Leaving Certificate Examination (including Day School Certificate (Higher) General paper), 1931
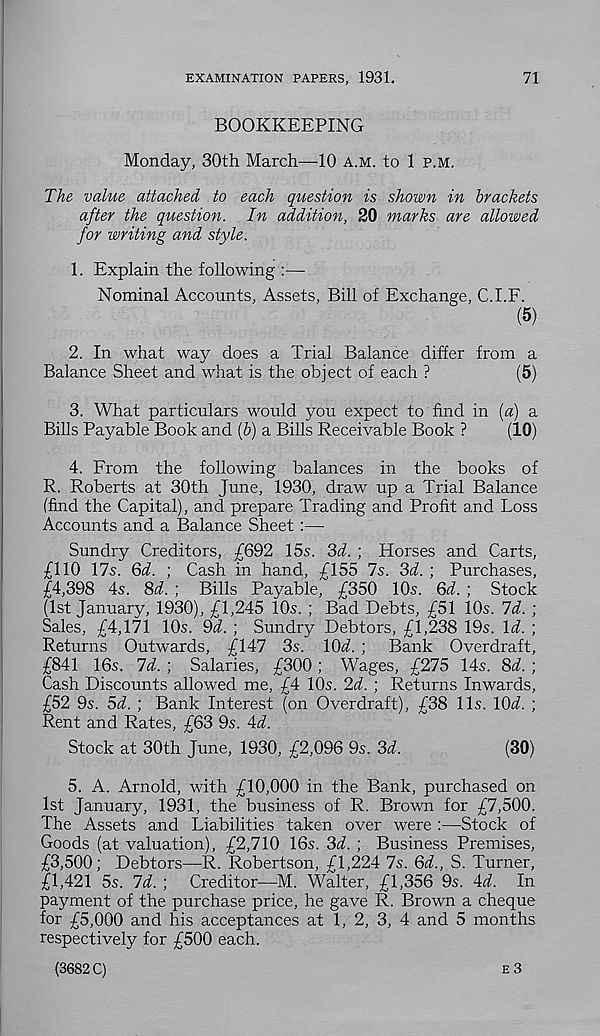
EXAMINATION PAPERS, 1931.
71
BOOKKEEPING
Monday, 30th March—10 a.m. to 1 p.m.
The value attached to each question is shown in brackets
after the question. In addition, 20 marks are allowed
for writing and style.
1. Explain the following :—
Nominal Accounts, Assets, Bill of Exchange, C.I.F.
(5)
2. In what way does a Trial Balance differ from a
Balance Sheet and what is the object of each ?
(5)
3. What particulars would you expect to find in (a) a
Bills Payable Book and (b) a Bills Receivable Book ?
(10)
4. From the following balances in the books of
R. Roberts at 30th June, 1930, draw up a Trial Balance
(find the Capital), and prepare Trading and Profit and Loss
Accounts and a Balance Sheet :—
Sundry Creditors, £692 15s. 3d. ; Horses and Carts,
£110 17s. 6d. ; Cash in hand, £155 7s. 3d. ; Purchases,
£4,398 4s. 8d. ; Bills Payable, £350 10s. 6d. ; Stock
(1st January, 1930), £1,245 10s. ; Bad Debts, £51 10s. 7d. ;
Sales, £4,171 10s. 9d. ; Sundry Debtors, £1,238 19s. Id. ;
Returns Outwards, £147 3s. 10at ; Bank Overdraft,
£841 16s. 7d. ; Salaries, £300; Wages, £275 14s. 8d. ;
Cash Discounts allowed me, £4 10s. 2d. ; Returns Inwards,
£52 9s. 5d. ; Bank Interest (on Overdraft), £38 11s. lOd. ;
Rent and Rates, £63 9s. 4d.
Stock at 30th June, 1930, £2,096 9s. 3d.
(30)
5. A. Arnold, with £10,000 in the Bank, purchased on
1st January, 1931, the business of R. Brown for £7,500.
The Assets and Liabilities taken over were :—Stock of
Goods (at valuation), £2,710 16s. 3d. ; Business Premises,
£3,500; Debtors—R. Robertson, £1,224 7s. 6d., S. Turner,
£1,421 5s. 7d. ; Creditor—M. Walter, £1,356 9s. 4d. In
payment of the purchase price, he gave R. Brown a cheque
f or £5,000 and his acceptances at 1, 2, 3, 4 and 5 months
respectively for £500 each.
(3682 C)
e 3